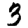
Digit: 3